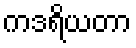
ကဒရိယတာ